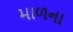
માળના